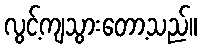
လွင့်ကျသွားတော့သည်။